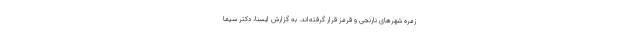
زمره شهرهای نارنجی و قرمز قرار گرفته‌اند. به گزارش ایسنا، دکتر سیما